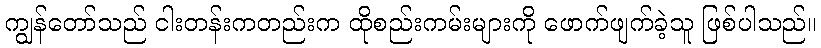
ကျွန်တော်သည် ငါးတန်းကတည်းက ထိုစည်းကမ်းများကို ဖောက်ဖျက်ခဲ့သူ ဖြစ်ပါသည်။